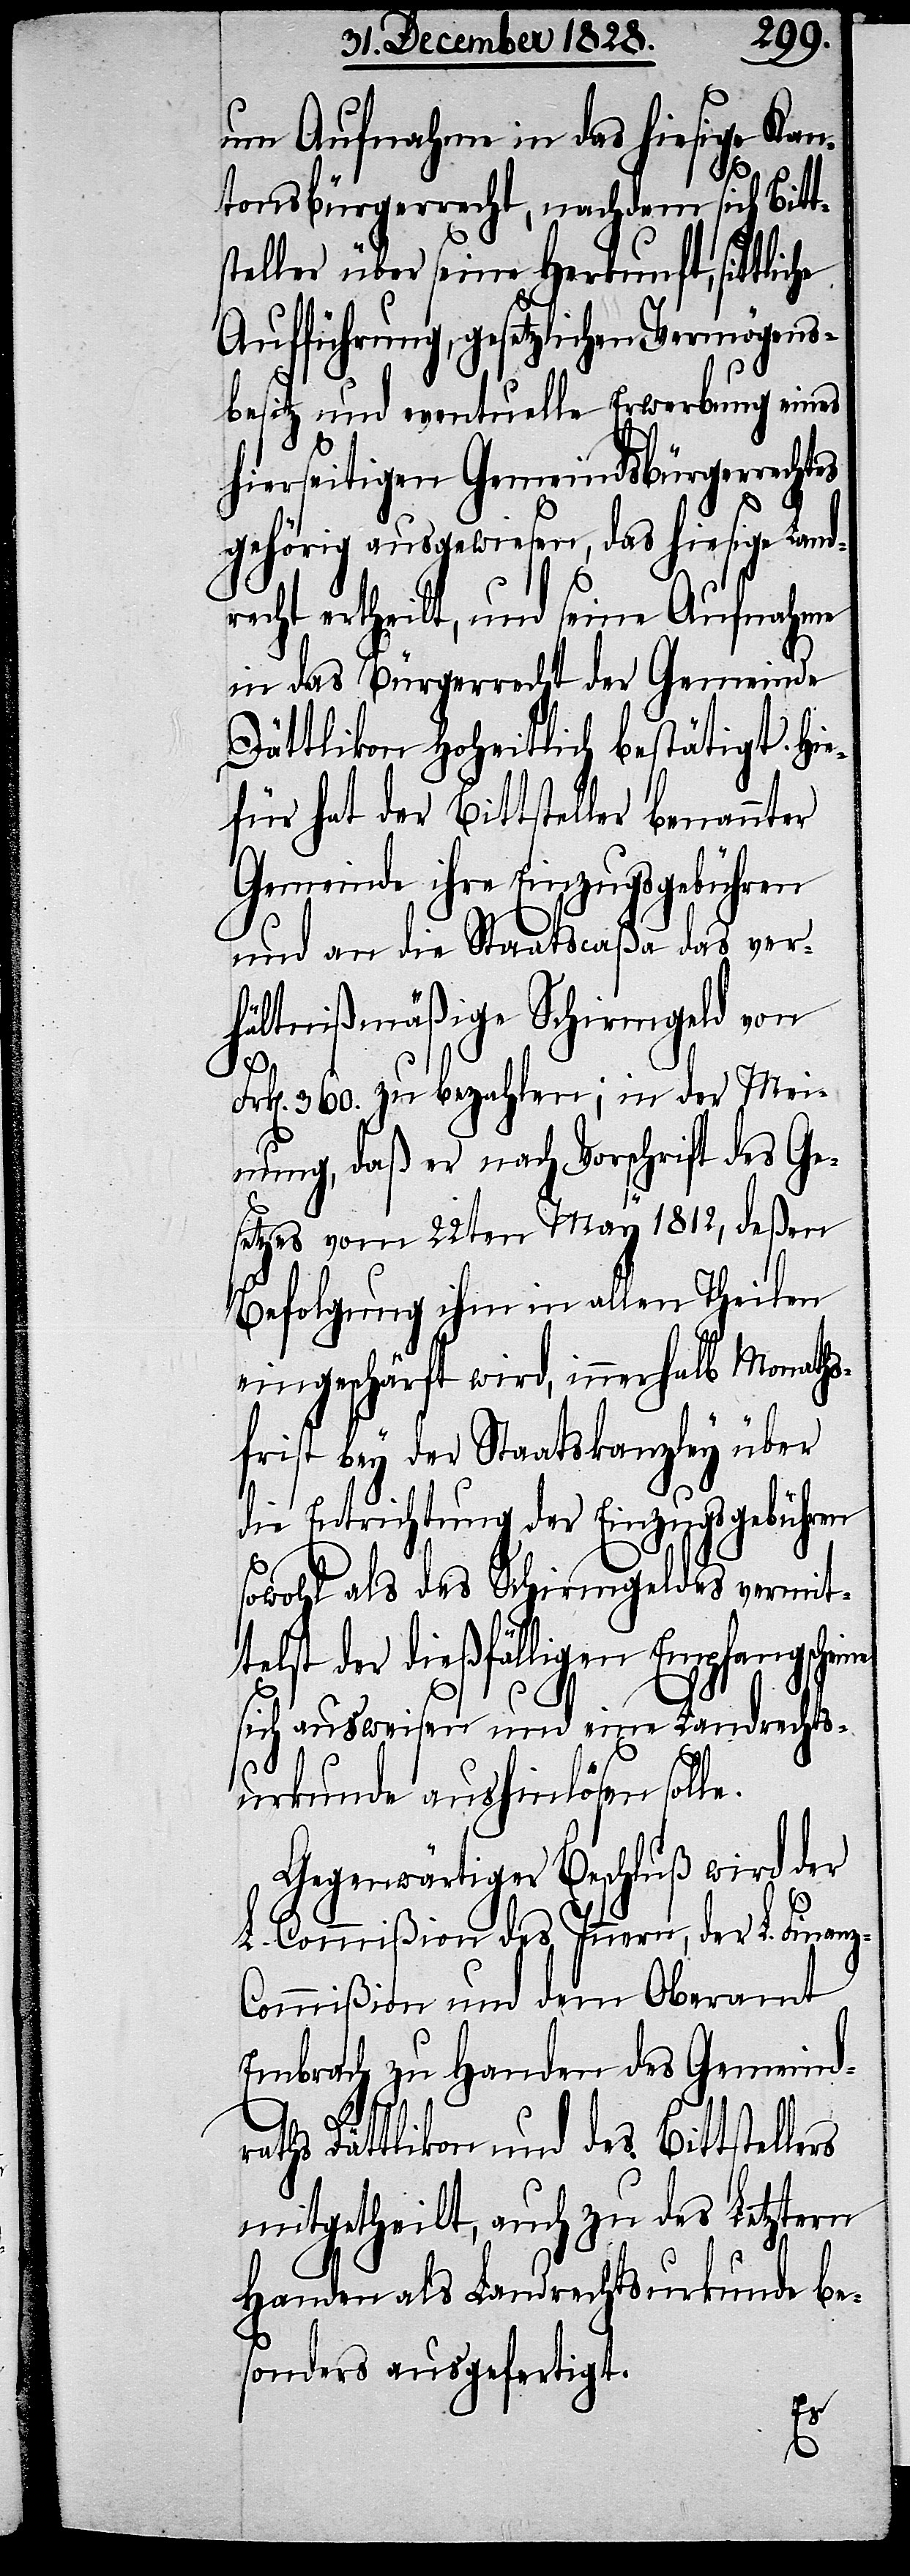
um Aufnahme in das hiesige Kan¬
tonsbürgerrecht, nachdem sich Bitt¬
steller über seine Herkunft, sittliche
Aufführung, gesetzlichen Vermögens¬
besitz und eventuelle Erwerbung eines
hierseitigen Gemeindsbürgerrechtes
gehörig ausgewiesen, das hiesige Land¬
recht ertheilt, und seine Aufnahme
in das Bürgerrecht der Gemeinde
Dättlikon Hoheitlich bestätigt. Hie¬
für hat der Bittsteller benannter
Gemeinde ihre Einzugsgebühren
und an die Staatscaßa das ver¬
hältnißmäßige Schirmgeld
Frk[en]. 360. zu bezahlen; in der Mei¬
nung, daß er nach Vorschrift des Ge¬
setzes vom 22ten May 1812, deßen
Befolgung ihm in allen Theilen
eingeschärft wird, innerhalb Monaths¬
frist bey der Staatskanzley über
die Entrichtung der Einzugsgebühren
sowohl als des Schirmgeldes vermit¬
telst der dießfälligen Empfangscheine
sich ausweisen und eine Landrechts¬
urkunde aushinlösen sol¬
Gegenwärtiger Beschluß wird der
L. Commißion des Innern, der L. Finan¬
z-Commißion und dem Oberamt
Embrach zu Handen des Gemeind¬
raths Dättlikon und des Bittstellers
mitgetheilt, auch zu des Letztern
Handen als Landrechtsurkunde be¬
sonders ausgefertigt.
le.